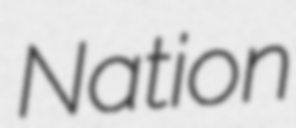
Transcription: Nation